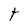
Character: t